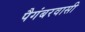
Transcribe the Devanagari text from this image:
पैगंबरवासी